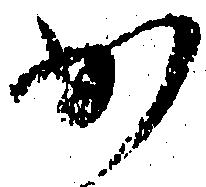
少